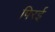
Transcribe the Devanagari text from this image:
पिरई